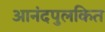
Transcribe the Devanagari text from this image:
आनंदपुलकित